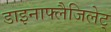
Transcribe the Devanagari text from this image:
डाइनाफ्लैजिलेट्